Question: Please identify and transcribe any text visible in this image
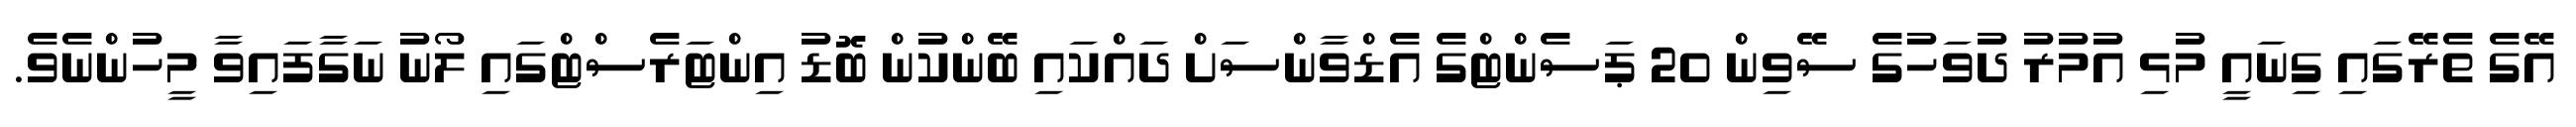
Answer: އޭގެ ތެރޭގައި ގިނައީ މުޅި އުމުރު ދުވަހުގެ ސޭވިން 20 ޕަސެންޓްގެ އެޑްވާންސަށް ދައްކައި ބޭންކުން ބޮޑު އިންޓަރެސްޓްގައި ލޯނު ނަގާފައިވާ މީހުންނެވެ.